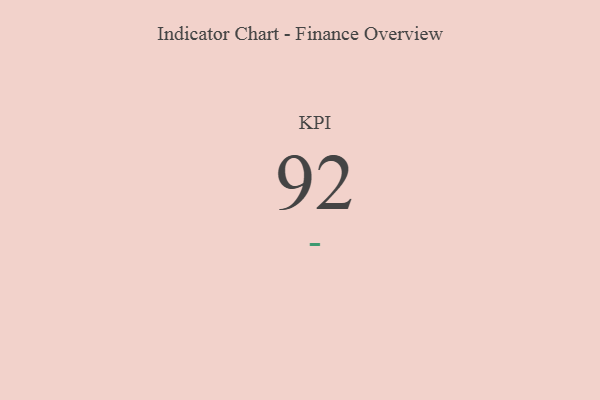
{"axis": {"x": "KPI", "y": "Value"}, "legend": [""], "data": [{"x": "KPI", "y": 92, "type": ""}]}